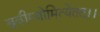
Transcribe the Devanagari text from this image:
ब्रवीम्योमित्येतत्।।